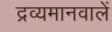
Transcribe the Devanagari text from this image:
द्रव्यमानवालें